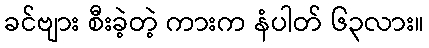
ခင်ဗျား စီးခဲ့တဲ့ ကားက နံပါတ် ၆၃လား။